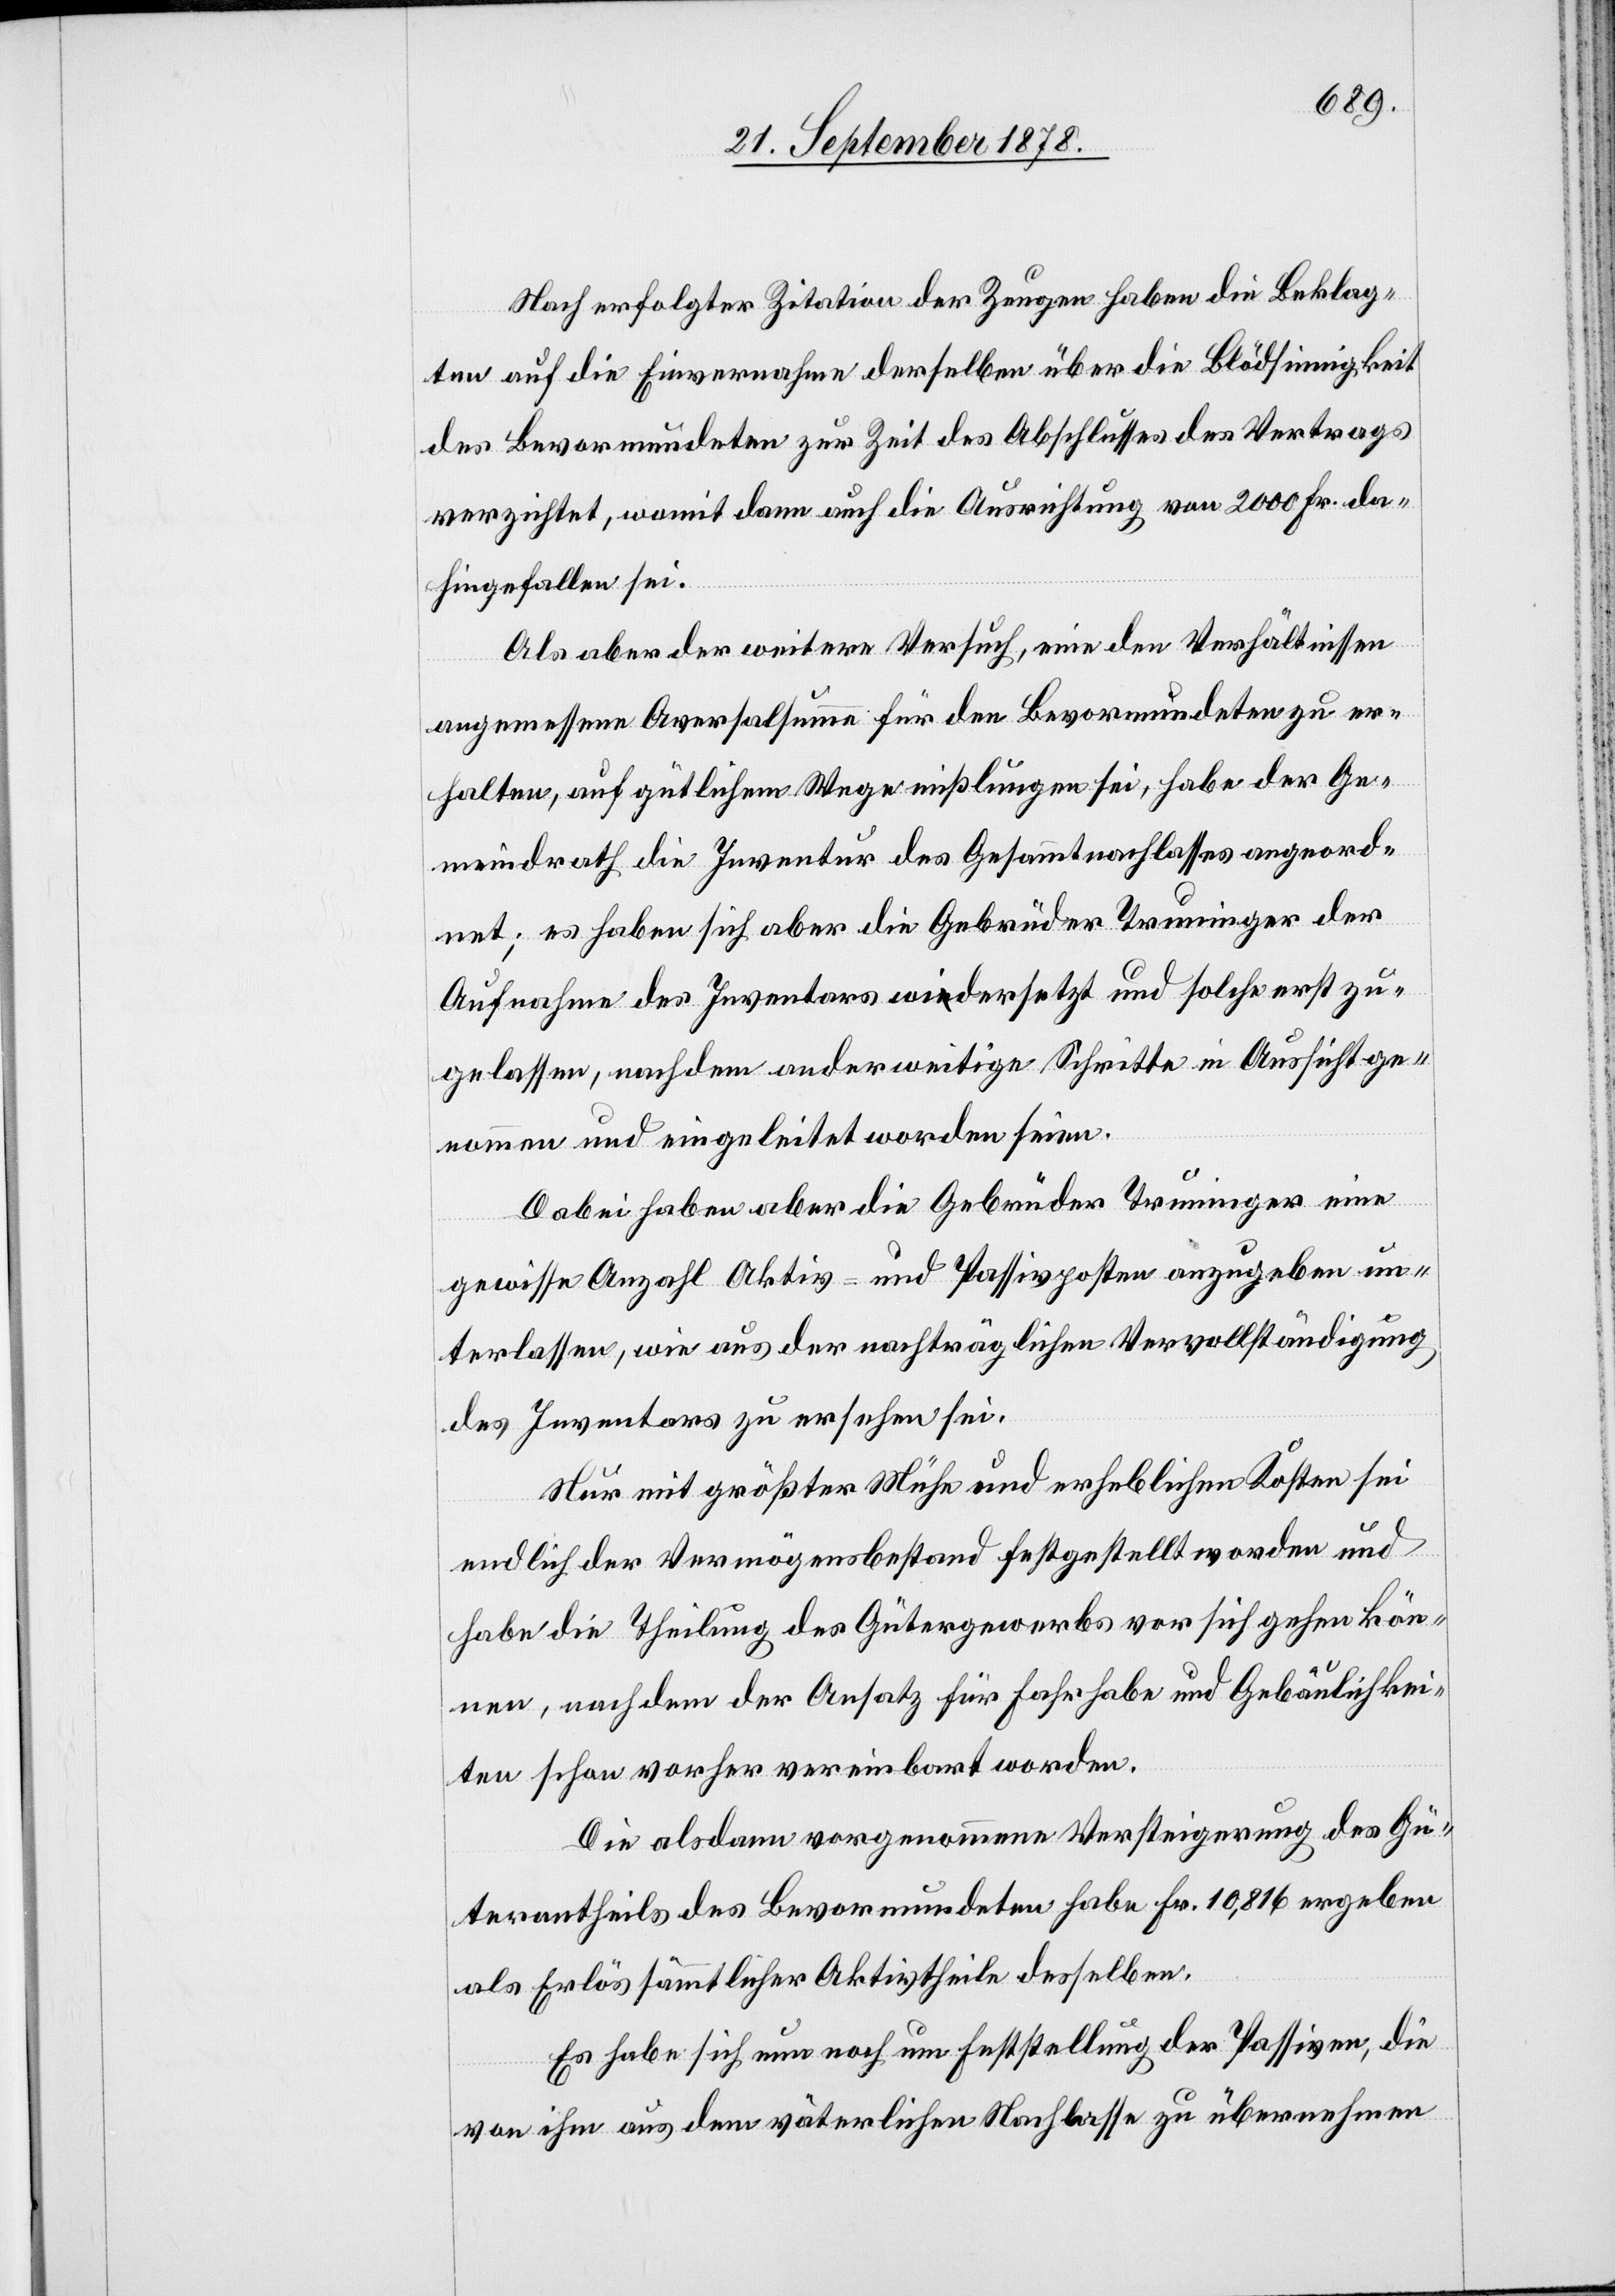
Nach erfolgter Zitation der Zeugen haben die Beklag¬
ten auf die Einvernahme derselben über die Blödsinnigkeit
des Bevormundeten zur Zeit des Abschlusses des Vertrags
verzichtet, womit dann auch die Ausrichtung von 2000 Fr. da¬
hingefallen sei.
Als aber der weitere Versuch, eine den Verhältnissen
angemessene Aversalsumme für den Bevormundeten zu er¬
halten, auf gütlichem Wege misslungen sei, habe der Ge¬
meindrath die Inventur des Gesammtnachlasses angeord¬
net; es haben sich aber die Gebrüder Truninger der
Aufnahme des Inventars widersetzt und solche erst zu¬
gelassen, nachdem anderweitige Schritte in Aussicht ge¬
nommen und eingeleitet worden seien.
Dabei haben aber die Gebrüder Truninger eine
gewisse Anzahl Aktiv- und Passivposten anzugeben un¬
terlassen, wie aus der nachträglichen Vervollständigung
des Inventars zu ersehen sei.
Nur mit größter Mühe und erheblichen Kosten sei
endlich der Vermögensbestand festgestellt worden und
habe die Theilung des Gütergewerbs vor sich gehen kön¬
nen, nachdem der Ansatz für Fahrhabe und Gebäulichkei¬
ten schon vorher vereinbart worden.
Die alsdann vorgenommene Versteigerung des Gü¬
terantheils des Bevormundeten habe Fr. 10,816 ergeben
als Erlös sämmtlicher Aktivtheile desselben.
Es habe sich nun noch um Feststellung der Passiven, die
von ihm aus dem väterlichen Nachlasse zu übernehmen